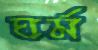
ঘর্ম